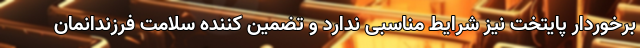
برخوردار پایتخت نیز شرایط مناسبی ندارد و تضمین کننده سلامت فرزندانمان